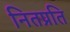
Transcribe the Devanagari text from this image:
नितप्रति